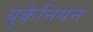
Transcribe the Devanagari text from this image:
युक्रैनियन